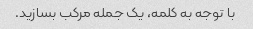
با توجه به کلمه، یک جمله مرکب بسازید.